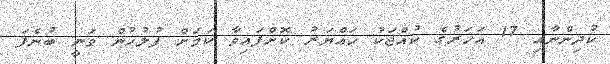
ކުދިންނާއި 17 އަހަރުގެ ކުއްޖަކު ހައްޔަރު ކޮށްފައިވާ ކަމަށް ފުލުހުން ވަނީ ބުނެފަ